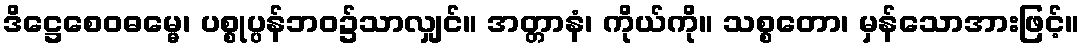
ဒိဋ္ဌေစေဝဓမ္မေ၊ ပစ္စုပ္ပန်ဘဝ၌သာလျှင်။ အတ္တာနံ၊ ကိုယ်ကို။ သစ္စတော၊ မှန်သောအားဖြင့်။